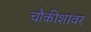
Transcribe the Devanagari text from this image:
चौकीशांवर